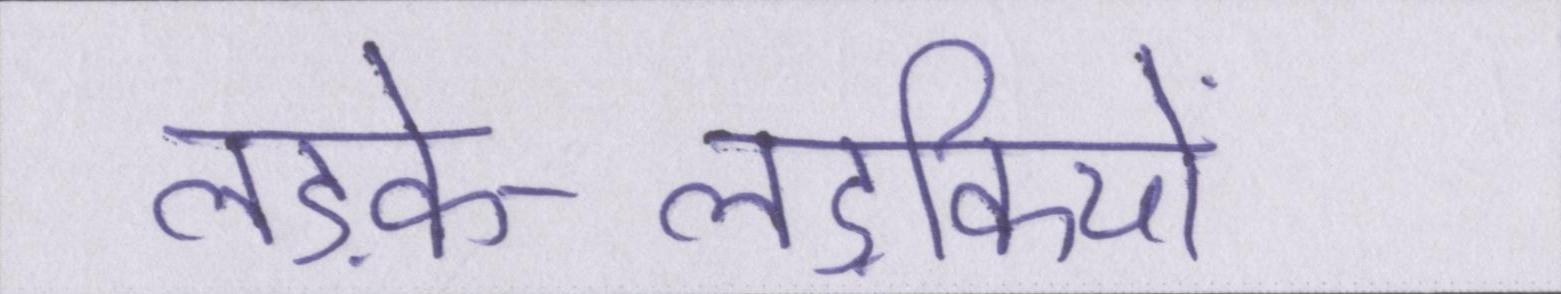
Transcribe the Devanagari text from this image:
लड़के-लड़कियों